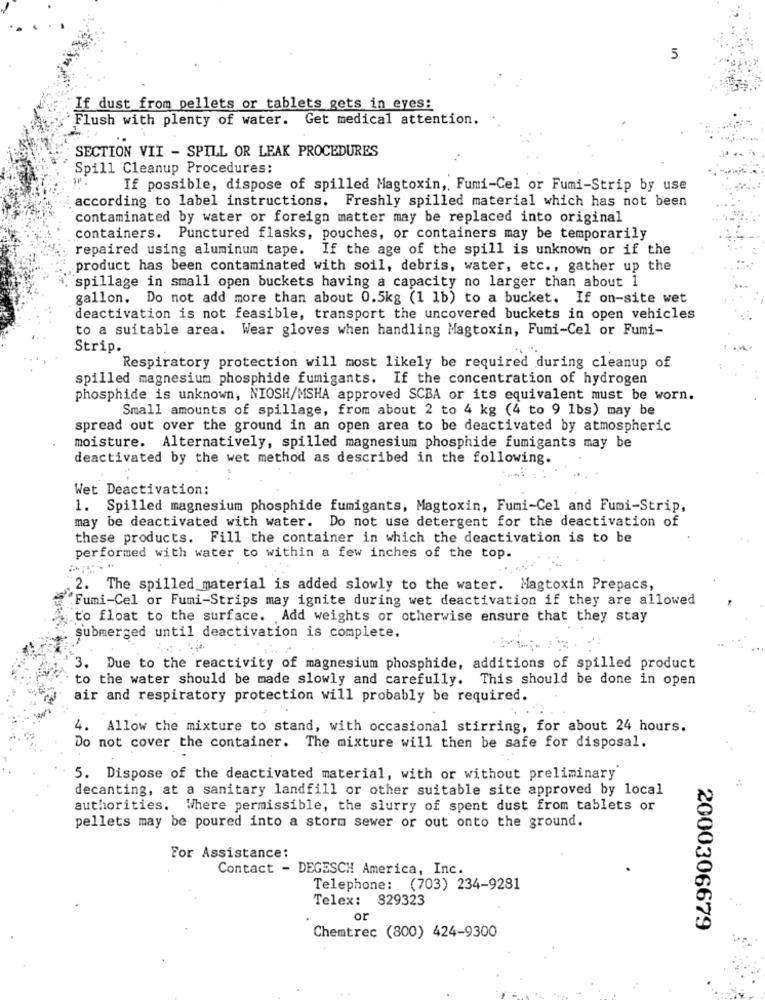
5
If dust from pellets or tablets gets in eyes:
Flush with plenty of water. Get medical attention. ..
SECTION VII - SPILL OR LEAK PROCEDURES
Spill Cleanup Procedures:
If possible, dispose of spilled Magtoxin ,. Fumi-Cel or Fumi-Strip by use
according to label instructions. Freshly spilled material which has not been
contaminated by water or foreign matter may be replaced into original
containers. Punctured flasks, pouches, or containers may be temporarily
repaired using aluminum tape. If the age of the spill is unknown or if the
product has been contaminated with soil, debris, water, etc ., gather up the
spillage in small open buckets having a capacity no larger than about 1
gallon. Do not add more than about 0.5kg (1 1b) to a bucket. If on-site wet
deactivation is not feasible, transport the uncovered buckets in open vehicles
to a suitable area. Wear gloves when handling Magtoxin, Fumi-Cel or Fumi-
Strip.
Respiratory protection will most likely be required during cleanup of
spilled magnesium phosphide fumigants. If the concentration of hydrogen
phosphide is unknown, NIOSH/MSHA approved SCBA or its equivalent must be worn.
Small amounts of spillage, from about 2 to 4 kg (4 to 9 1bs) may be
spread out over the ground in an open area to be deactivated by atmospheric
moisture. Alternatively, spilled magnesium phosphide fumigants may be
deactivated by the wet method as described in the following.
Wet Deactivation:
1. Spilled magnesium phosphide fumigants, Magtoxin, Fumi-Cel and Fumi-Strip,
may be deactivated with water. Do not use detergent for the deactivation of
these products.
Fill the container in which the deactivation is to be
performed with water to within a few inches of the top.
2. The spilled material is added slowly to the water. Magtoxin Prepacs,
"Fumi-Cel or Fumi-Strips may ignite during wet deactivation if they are allowed
to float to the surface. Add weights or otherwise ensure that they stay
submerged until deactivation is complete.
3. Due to the reactivity of magnesium phosphide, additions of spilled product
to the water should be made slowly and carefully. This should be done in open
air and respiratory protection will probably be required.
4. Allow the mixture to stand, with occasional stirring, for about 24 hours.
Do not cover the container. The mixture will then be safe for disposal.
5. Dispose of the deactivated material, with or without preliminary'
decanting, at a sanitary landfill or other suitable site approved by local
authorities. Where permissible, the slurry of spent dust from tablets or
pellets may be poured into a storm sewer or out onto the ground.
For Assistance:
Contact - DEGESCH America, Inc.
Telephone: (703) 234-9281
Telex: 829323
or
2000306679
Chemtrec (800) 424-9300